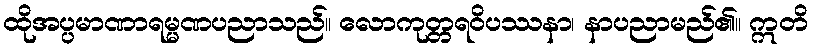
ထိုအပ္ပမာဏာရမ္မဏပညာသည်။ လောကုတ္တရဝိပဿနာ၊ နာပညာမည်၏။ ဣတိ